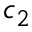
c _ { 2 }